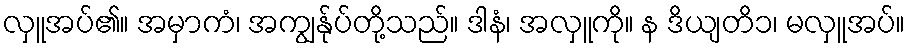
လှူအပ်၏။ အမှာကံ၊ အကျွန်ုပ်တို့သည်။ ဒါနံ၊ အလှူကို။ န ဒိယျတိ၁၊ မလှူအပ်။